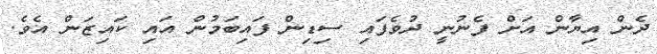
ދެން އިޔާން އަށް ފެނުނީ ދުވެފައި ސިޑިން ފައިބަމުން އައި ކައިޒަން އެވެ.